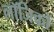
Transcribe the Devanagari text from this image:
लॉजिकों